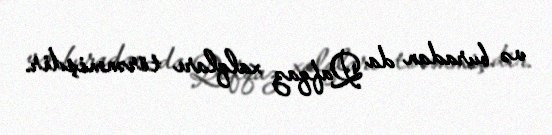
və buradan da Qafqaz xalqları törənmişdir.